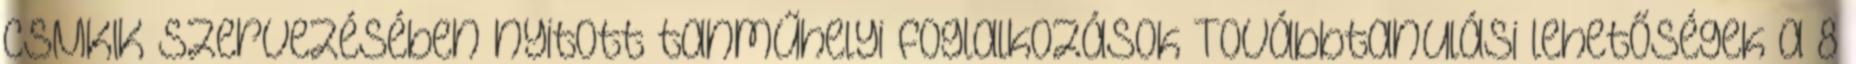
CSMKIK szervezésében nyitott tanműhelyi foglalkozások Továbbtanulási lehetőségek a 8